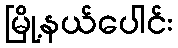
မြို့နယ်ပေါင်း